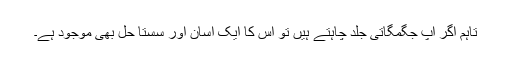
تاہم اگر آپ جگمگاتی جلد چاہتے ہیں تو اس کا ایک آسان اور سستا حل بھی موجود ہے۔